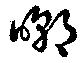
嘲